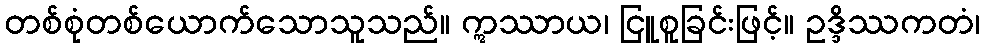
တစ်စုံတစ်ယောက်သောသူသည်။ ဣဿာယ၊ ငြူစူခြင်းဖြင့်။ ဥဒ္ဒိဿကတံ၊